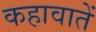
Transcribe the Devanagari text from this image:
कहावातें